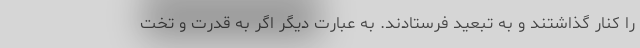
را کنار گذاشتند و به تبعید فرستادند. به عبارت دیگر اگر به قدرت و تخت